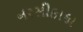
નરસીકાકા